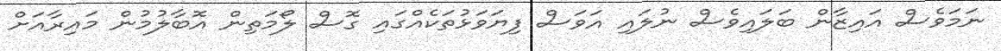
ނަމަވެސް އައިޒާން ބަލައިވެސް ނުލައި އަވަސް ފިޔަވަޅުތަކެއްގައި ގޮސް ލޯމަތިން އޮބާލުމުން މައިރާއަށް